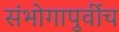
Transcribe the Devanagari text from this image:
संभोगापुर्वीच